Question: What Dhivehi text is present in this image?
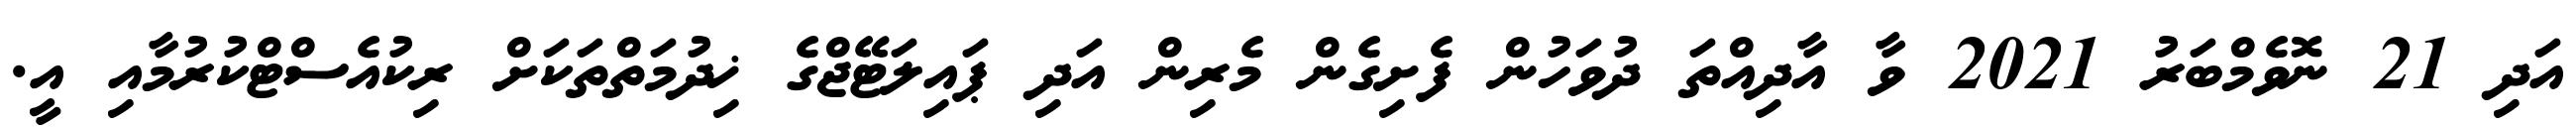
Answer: އަދި 21 ނޮވެމްބަރު 2021 ވާ އާދިއްތަ ދުވަހުން ފެށިގެން މެރިން އަދި ޕައިލަޓޭޖްގެ ޚިދުމަތްތަކަށް ރިކުއެސްޓްކުރުމާއި އީ.